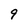
Character: 9